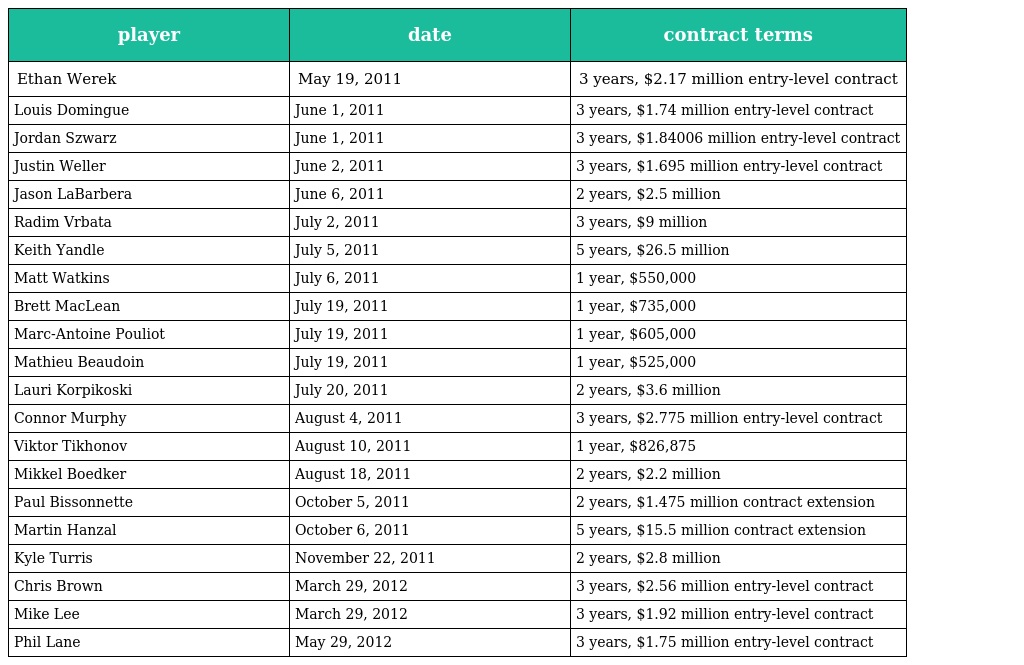
| player | date | contract terms |
 | --- | --- | --- |
 | Ethan Werek | May 19, 2011 | 3 years, $2.17 million entry-level contract |
 | Louis Domingue | June 1, 2011 | 3 years, $1.74 million entry-level contract |
 | Jordan Szwarz | June 1, 2011 | 3 years, $1.84006 million entry-level contract |
 | Justin Weller | June 2, 2011 | 3 years, $1.695 million entry-level contract |
 | Jason LaBarbera | June 6, 2011 | 2 years, $2.5 million |
 | Radim Vrbata | July 2, 2011 | 3 years, $9 million |
 | Keith Yandle | July 5, 2011 | 5 years, $26.5 million |
 | Matt Watkins | July 6, 2011 | 1 year, $550,000 |
 | Brett MacLean | July 19, 2011 | 1 year, $735,000 |
 | Marc-Antoine Pouliot | July 19, 2011 | 1 year, $605,000 |
 | Mathieu Beaudoin | July 19, 2011 | 1 year, $525,000 |
 | Lauri Korpikoski | July 20, 2011 | 2 years, $3.6 million |
 | Connor Murphy | August 4, 2011 | 3 years, $2.775 million entry-level contract |
 | Viktor Tikhonov | August 10, 2011 | 1 year, $826,875 |
 | Mikkel Boedker | August 18, 2011 | 2 years, $2.2 million |
 | Paul Bissonnette | October 5, 2011 | 2 years, $1.475 million contract extension |
 | Martin Hanzal | October 6, 2011 | 5 years, $15.5 million contract extension |
 | Kyle Turris | November 22, 2011 | 2 years, $2.8 million |
 | Chris Brown | March 29, 2012 | 3 years, $2.56 million entry-level contract |
 | Mike Lee | March 29, 2012 | 3 years, $1.92 million entry-level contract |
 | Phil Lane | May 29, 2012 | 3 years, $1.75 million entry-level contract |